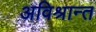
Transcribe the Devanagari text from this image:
अविश्रान्त